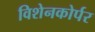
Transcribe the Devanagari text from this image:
विशेनकोर्पर